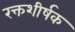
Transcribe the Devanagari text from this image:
रक्तशीर्षक